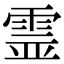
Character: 霊